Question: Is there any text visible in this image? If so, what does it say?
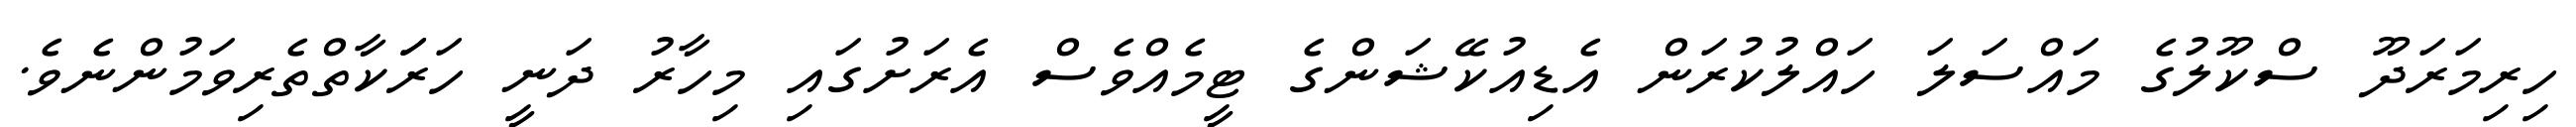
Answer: ހިރިމަރަދޫ ސްކޫލުގެ މައްސަލަ ހައްލުކުރަން އެޑިއުކޭޝަންގެ ޓީމެއްވެސް އެރަށުގައި މިހާރު ދަނީ ހަރަަކާތްތެރިވަމުންނެވެ.